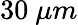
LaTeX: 30~\mu m